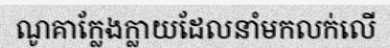
ណូគាក្លែងក្លាយដែលនាំមកលក់លើ